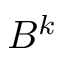
B ^ { k }